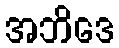
အဘိဒေ